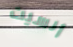
أنسيت